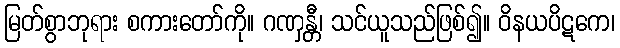
မြတ်စွာဘုရား စကားတော်ကို။ ဂဏှန္တီ၊ သင်ယူသည်ဖြစ်၍။ ဝိနယပိဋကေ၊